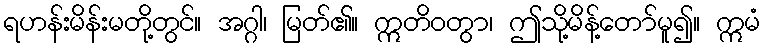
ရဟန်းမိန်းမတို့တွင်။ အဂ္ဂါ၊ မြတ်၏။ ဣတိဝတွာ၊ ဤသို့မိန့်တော်မူ၍။ ဣမံ